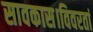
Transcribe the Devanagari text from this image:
सावकास।विवरतां